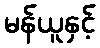
မန်ယူနှင့်